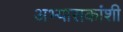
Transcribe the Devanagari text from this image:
अभ्यासकांशी